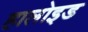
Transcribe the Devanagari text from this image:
हालोइड